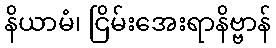
နိယာမံ၊ ငြိမ်းအေးရာနိဗ္ဗာန်